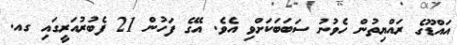
އައްޑޫގެ ރައްޔިތުން ހެވުނު ސަބަބަަކަށްވި އެވެ. އޭގެ ފަހުން 21 ފެބުރުއަރީގައި ގއ.